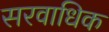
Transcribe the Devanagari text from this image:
सरवाधिक